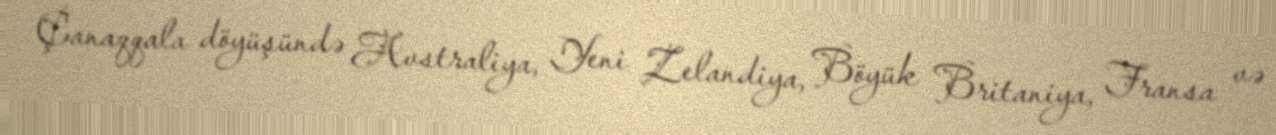
Çanaqqala döyüşündə Avstraliya, Yeni Zelandiya, Böyük Britaniya, Fransa və